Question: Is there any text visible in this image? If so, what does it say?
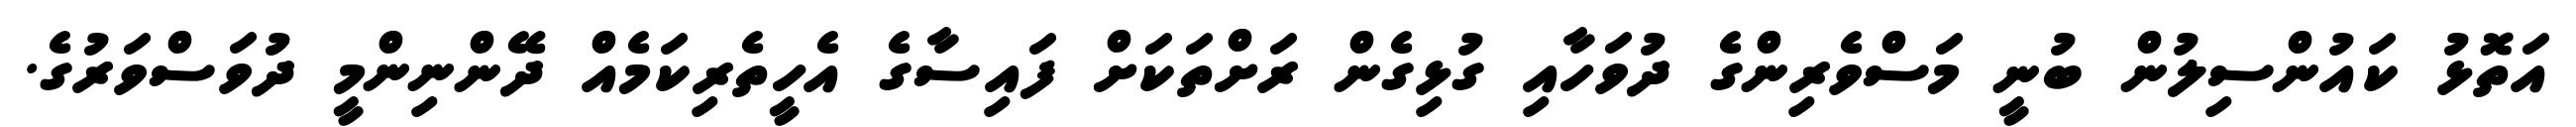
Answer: އަތޮޅު ކައުންސިލުން ބުނީ މަސްވެރިންގެ ދުވަހާއި ގުޅިގެން ރަށްތަކަށް ފައިސާގެ އެހީތެރިކަމެއް ދޭންނިންމީ ދުވަސްވަރުގެ.